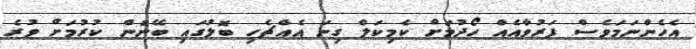
އެހެންނަމަވެސް ފަރުވާއެއް ހޯދުމަށް ކެމިކަލް ގިނަ އެއްޗެހި ބޮލުގައި ބޭނުން ކުރުމަށް ވުރެ